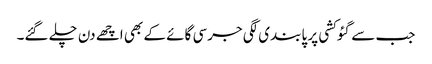
جب سے گئو کشی پر پابندی لگی جرسی گائے کے بھی اچھے دن چلے گئے۔